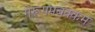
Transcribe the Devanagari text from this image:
गेरूगमबक्कम